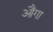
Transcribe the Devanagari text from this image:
औंगा